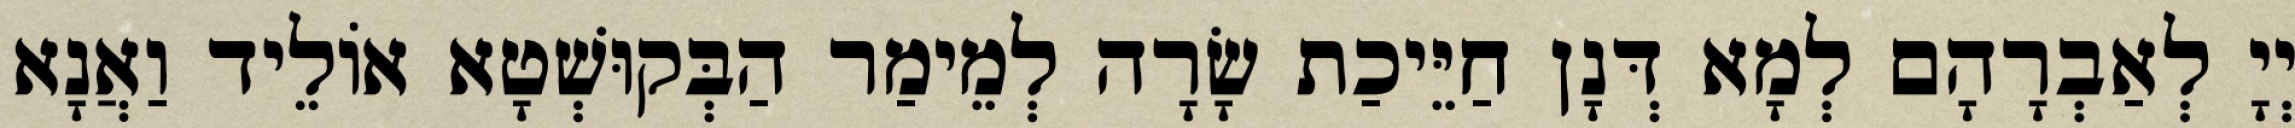
יְיָ לְאַבְרָהָם לְמָא דְּנָן חַיֵּיכַת שָׂרָה לְמֵימַר הַבְּקוּשְׁטָא אוֹלֵיד וַאֲנָא